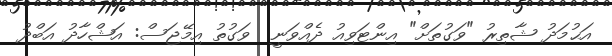
އަޙުމަދު ޝާތިރު "ވަގުތަށް" އިންޓަވިއު ދެއްވަނީ  ވަގުތު އިމޭޖަސް: އަޝްހާދު އަބްދު